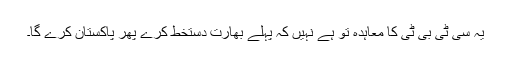
یہ سی ٹی بی ٹی کا معاہدہ تو ہے نہیں کہ پہلے بھارت دستخط کرے پھر پاکستان کرے گا۔